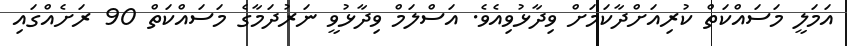
އަމަލީ މަސައްކަތް ކުރިއަށްދާކަމަށް ވިދާޅުވިއެވެ. އަސްލަމް ވިދާޅުވީ ނަރުދަމާގެ މަސައްކަތް 90 ރަށެއްގައި